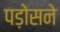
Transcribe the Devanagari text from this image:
पड़ोसने